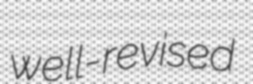
well-revised